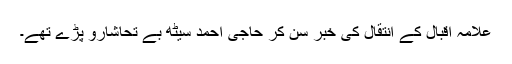
علّامہ اقبالؒ کے انتقال کی خبر سن کر حاجی احمد سیٹھ بے تحاشارو پڑے تھے۔